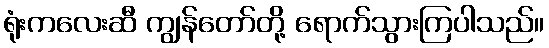
ရုံးကလေးဆီ ကျွန်တော်တို့ ရောက်သွားကြပါသည်။